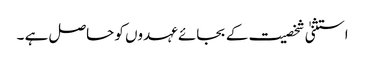
استثنیٰ شخصیت کے بجائے عہدوں کو حاصل ہے ۔